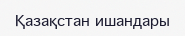
Қазақстан ишандары‎